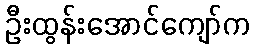
ဦးထွန်းအောင်ကျော်က